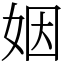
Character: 姻